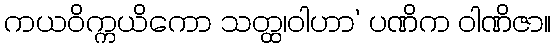
ကယဝိက္ကယိကော သတ္ထ၊ဝါဟာ’ ပဏိက ဝါဏိဇာ။